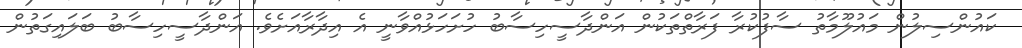
ކައުންސިލުން މައުލޫމާތު ސާފުކުރާ ފަރާތްތަކުން އަންދާސީހިސާބު ހުށަހަޅުއްވާނީ އެ އިދާރާއަށެވެ. އަންދާސީހިސާބު ބަލައިގަތުން